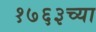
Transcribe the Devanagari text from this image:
१७६३च्या